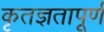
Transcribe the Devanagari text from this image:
कृतज्ञतापूर्ण